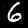
Digit: 6